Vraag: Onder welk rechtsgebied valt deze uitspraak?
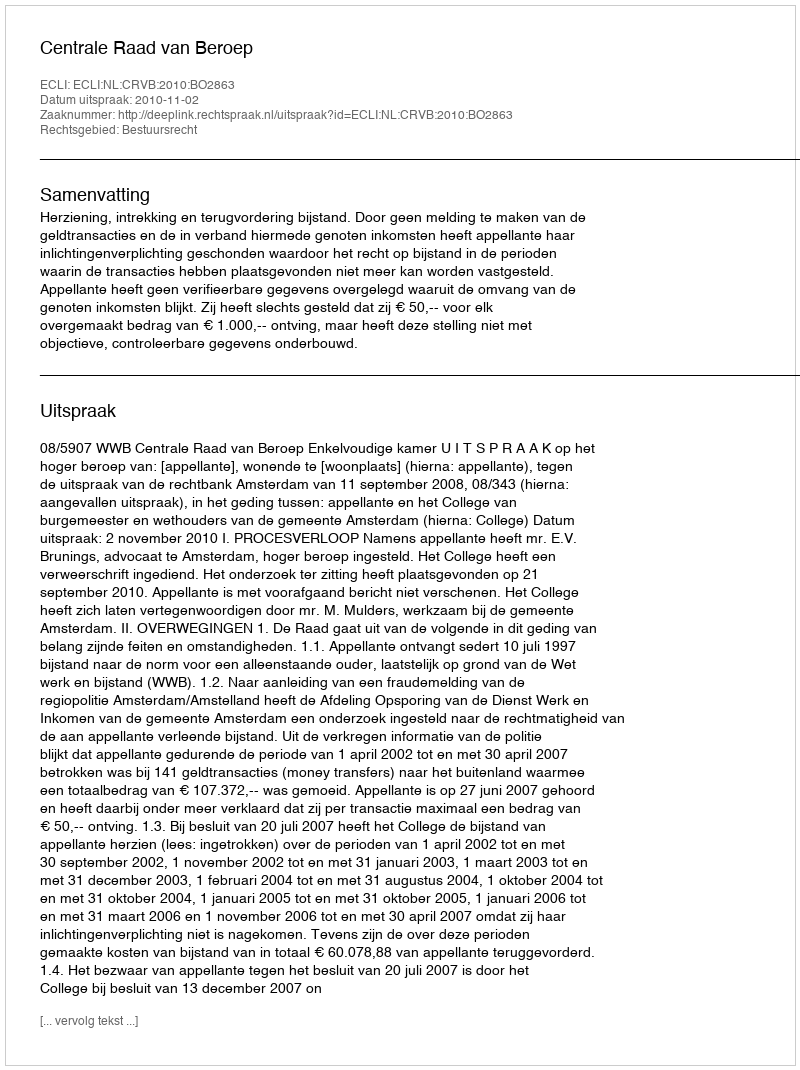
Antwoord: Bestuursrecht